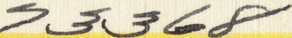
73368